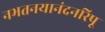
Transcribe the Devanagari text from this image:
नभतनयानंदनरिपू